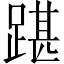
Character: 踸